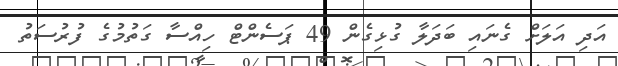
އަދި އަލަށް ގެނައި ބަދަލާ ގުޅިގެން 49 ޕަސެންޓް ހިއްސާ ގަތުމުގެ ފުރުސަތު